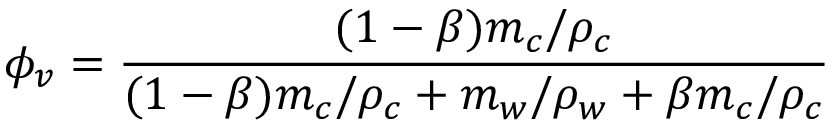
{ { \phi } _ { v } } = \frac { ( 1 - \beta ) { { m } _ { c } } / { { \rho } _ { c } } } { ( 1 - \beta ) { { m } _ { c } } / { { \rho } _ { c } } + { { m } _ { w } } / { { \rho } _ { w } } + \beta { { m } _ { c } } / { { \rho } _ { c } } }